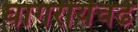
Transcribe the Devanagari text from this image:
घागरीयेवढे